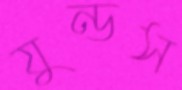
যুন্ডস